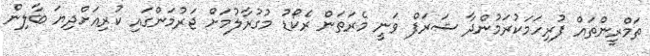
ތަމްރީންތައް ފުރިހަމަކުރަމުންދާ ޝަރަފް ވަނީ މެރަތަން ރެކޯޑު މުގުރާލުމަށް ޖަރުމަންގައި ކުރިއަށްދިޔަ ބާލިން